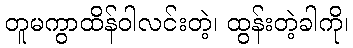
တူမကွာထိန်ဝါလင်းတဲ့၊ ထွန်းတဲ့ခါကို၊